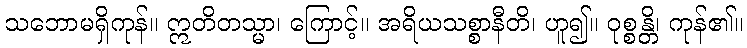
သဘောမရှိကုန်။ ဣတိတသ္မာ၊ ကြောင့်။ အရိယသစ္စာနီတိ၊ ဟူ၍။ ဝုစ္စန္တိ၊ ကုန်၏။